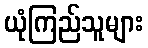
ယုံကြည်သူများ